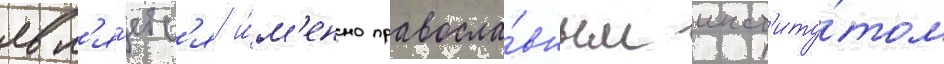
явл'я́етс'я и́м'енно правосла́вным инст'иту́том